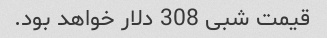
قیمت شبی 308 دلار خواهد بود.